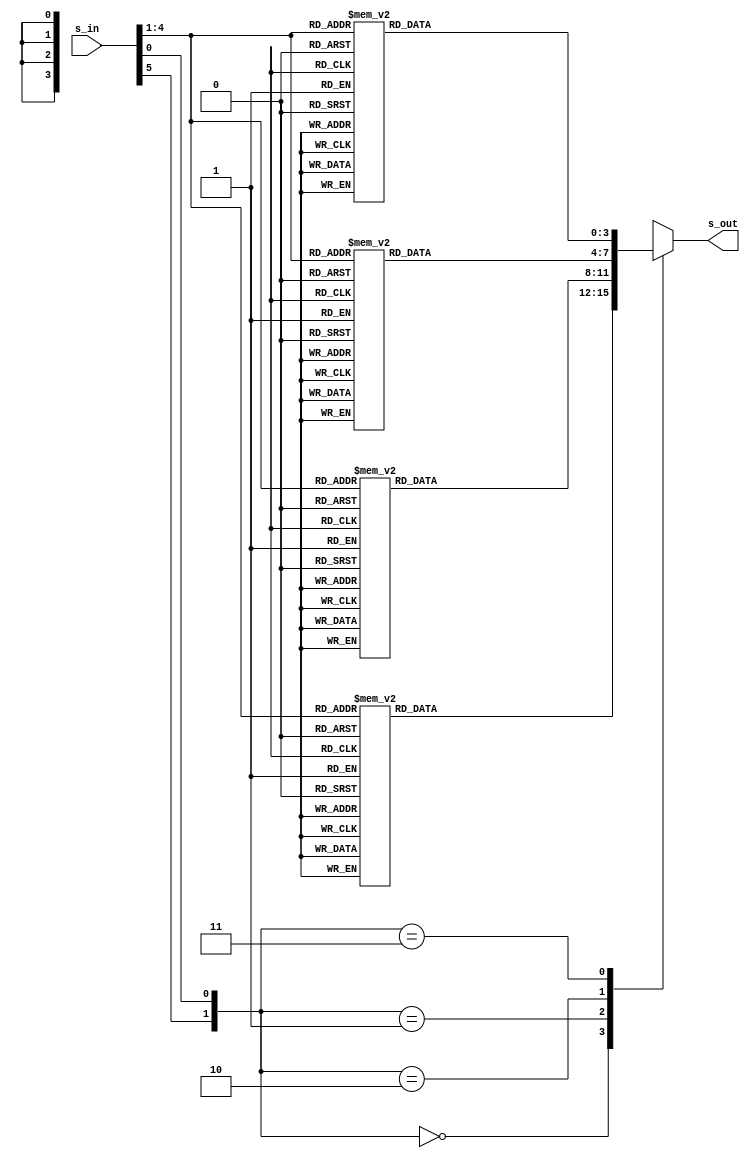
module S4(
    input [1:6] s_in,
    output reg [1:4] s_out
);

wire [1:2] row_no;
wire [1:4] col_no;

assign row_no={s_in[1], s_in[6]};
assign col_no=s_in[2:5];

always@(*)
begin
case(row_no)
    2'b00 : begin
            case(col_no)
                4'd0:   s_out = 4'd7;
                4'd1:   s_out = 4'd13;
                4'd2:   s_out = 4'd14;
                4'd3:   s_out = 4'd3;
                4'd4:   s_out = 4'd0;
                4'd5:   s_out = 4'd6;
                4'd6:   s_out = 4'd9;
                4'd7:   s_out = 4'd10;
                4'd8:   s_out = 4'd1;
                4'd9:   s_out = 4'd2;
                4'd10:  s_out = 4'd8;
                4'd11:  s_out = 4'd5;
                4'd12:  s_out = 4'd11;
                4'd13:  s_out = 4'd12;
                4'd14:  s_out = 4'd4;
                4'd15:  s_out = 4'd15;
            endcase
            end
            
    2'b01 : begin
            case(col_no)
                4'd0:   s_out = 4'd13;
                4'd1:   s_out = 4'd8;
                4'd2:   s_out = 4'd11;
                4'd3:   s_out = 4'd5;
                4'd4:   s_out = 4'd6;
                4'd5:   s_out = 4'd15;
                4'd6:   s_out = 4'd0;
                4'd7:   s_out = 4'd3;
                4'd8:   s_out = 4'd4;
                4'd9:   s_out = 4'd7;
                4'd10:  s_out = 4'd2;
                4'd11:  s_out = 4'd12;
                4'd12:  s_out = 4'd1;
                4'd13:  s_out = 4'd10;
                4'd14:  s_out = 4'd14;
                4'd15:  s_out = 4'd9;
            endcase
            end
            
     2'b10 : begin
            case(col_no)
                4'd0:   s_out = 4'd10;
                4'd1:   s_out = 4'd6;
                4'd2:   s_out = 4'd9;
                4'd3:   s_out = 4'd0;
                4'd4:   s_out = 4'd12;
                4'd5:   s_out = 4'd11;
                4'd6:   s_out = 4'd7;
                4'd7:   s_out = 4'd13;
                4'd8:   s_out = 4'd15;
                4'd9:   s_out = 4'd1;
                4'd10:  s_out = 4'd3;
                4'd11:  s_out = 4'd14;
                4'd12:  s_out = 4'd5;
                4'd13:  s_out = 4'd2;
                4'd14:  s_out = 4'd8;
                4'd15:  s_out = 4'd4;
            endcase
            end
            
    2'b11 : begin
            case(col_no)
                4'd0:   s_out = 4'd3;
                4'd1:   s_out = 4'd15;
                4'd2:   s_out = 4'd0;
                4'd3:   s_out = 4'd6;
                4'd4:   s_out = 4'd10;
                4'd5:   s_out = 4'd1;
                4'd6:   s_out = 4'd13;
                4'd7:   s_out = 4'd8;
                4'd8:   s_out = 4'd9;
                4'd9:   s_out = 4'd4;
                4'd10:  s_out = 4'd5;
                4'd11:  s_out = 4'd11;
                4'd12:  s_out = 4'd12;
                4'd13:  s_out = 4'd7;
                4'd14:  s_out = 4'd2;
                4'd15:  s_out = 4'd14;
            endcase
            end
endcase
end
endmodule